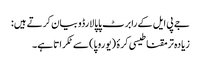
جے پی ایل کے رابرٹ پاپالارڈو بیان کرتے ہیں:
زیادہ تر مقناطیسی کرۂ (یوروپا) سے ٹکراتا ہے۔